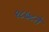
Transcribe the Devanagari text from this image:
१८७८ते